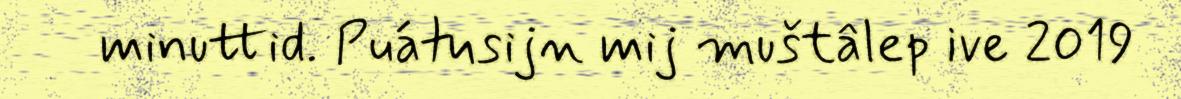
minuttid. Puátusijn mij muštâlep ive 2019